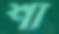
শা